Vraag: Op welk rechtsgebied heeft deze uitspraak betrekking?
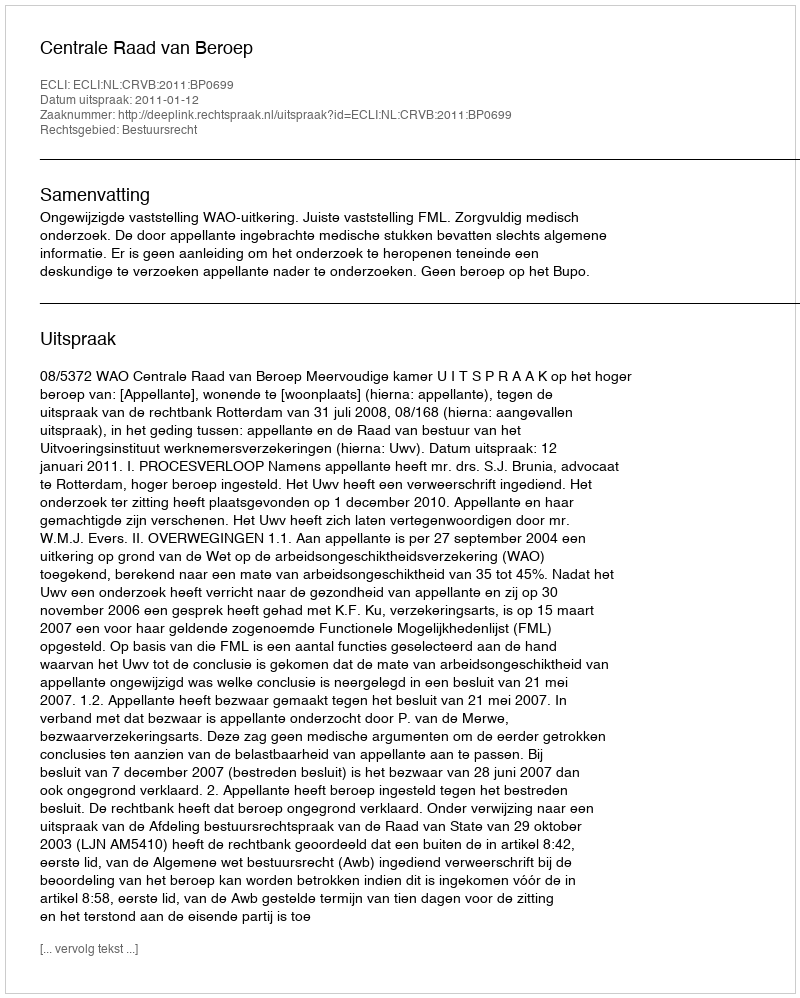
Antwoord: Bestuursrecht